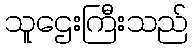
သူဌေးကြီးသည်